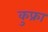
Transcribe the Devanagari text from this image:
कुफ्रा